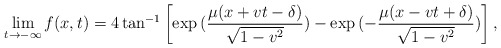
\begin{align*}\lim_{t \rightarrow -\infty} f(x,t) =4 \tan^{-1}\left[\exp{(\frac{\mu(x+vt-\delta)}{\sqrt{1-v^2}})} -\exp{(-\frac{\mu(x-vt+\delta)}{\sqrt{1-v^2}})}\right], \end{align*}